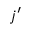
j ^ { \prime }